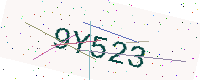
Text: 9Y523